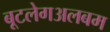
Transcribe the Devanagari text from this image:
बूटलेगअलबम